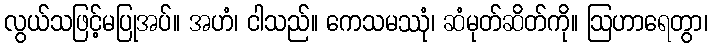
လွယ်သဖြင့်မပြုအပ်။ အဟံ၊ ငါသည်။ ကေသမဿုံ၊ ဆံမုတ်ဆိတ်ကို။ ဩဟာရေတွာ၊